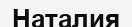
Наталия